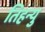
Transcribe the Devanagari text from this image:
तिहन्यु